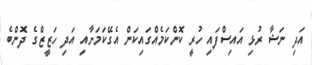
އަދި ނަޝާ ރުޅި އައިސްފައި ހުރީ ކޮންކަމެއްގައިކަން އެގޭކަމަށާއި އަދި ހަޒީޒްގެ ދޮންބެ